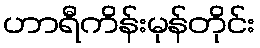
ဟာရီကိန်းမုန်တိုင်း